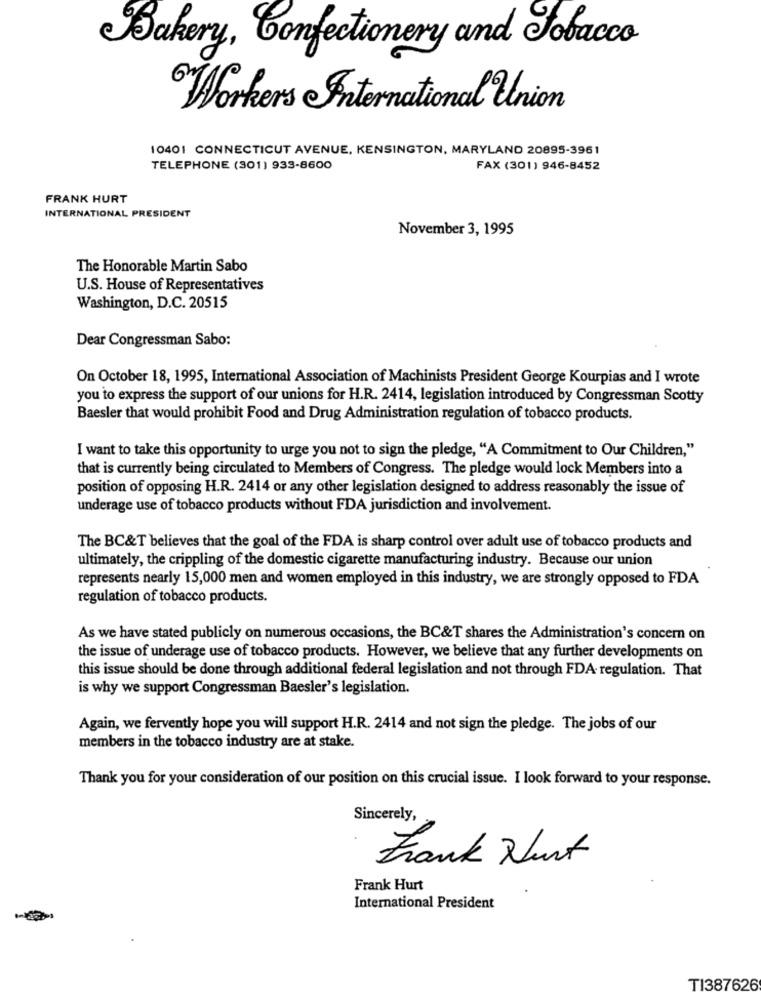
Bakery, Confectionery and Jobacco
"Worker's International Union
10401 CONNECTICUT AVENUE, KENSINGTON, MARYLAND 20895-3961
TELEPHONE (301) 933-8600
FAX (301) 946-8452
FRANK HURT
INTERNATIONAL PRESIDENT
November 3, 1995
The Honorable Martin Sabo
U.S. House of Representatives
Washington, D.C. 20515
Dear Congressman Sabo:
On October 18, 1995, International Association of Machinists President George Kourpias and I wrote
you to express the support of our unions for H.R. 2414, legislation introduced by Congressman Scotty
Baesler that would prohibit Food and Drug Administration regulation of tobacco products.
I want to take this opportunity to urge you not to sign the pledge, "A Commitment to Our Children,"
that is currently being circulated to Members of Congress. The pledge would lock Members into a
position of opposing H.R. 2414 or any other legislation designed to address reasonably the issue of
underage use of tobacco products without FDA jurisdiction and involvement.
The BC&T believes that the goal of the FDA is sharp control over adult use of tobacco products and
ultimately, the crippling of the domestic cigarette manufacturing industry. Because our union
represents nearly 15,000 men and women employed in this industry, we are strongly opposed to FDA
regulation of tobacco products.
As we have stated publicly on numerous occasions, the BC&T shares the Administration's concern on
the issue of underage use of tobacco products. However, we believe that any further developments on
this issue should be done through additional federal legislation and not through FDA- regulation. That
is why we support Congressman Baesler's legislation.
Again, we fervently hope you will support H.R. 2414 and not sign the pledge. The jobs of our
members in the tobacco industry are at stake.
Thank you for your consideration of our position on this crucial issue. I look forward to your response.
Sincerely,
Frank Nurt
Frank Hurt
International President
T1387626